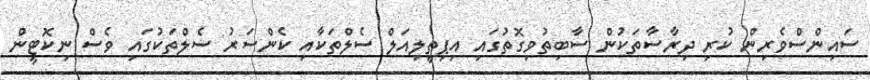
ސައިންސްވެރިން ކުރި ދިރާސާތަކުން ސާބިތުވިގޮތުގައި އިޕިތީލިއަލް ސެލްތަކާއި ކެންސަރު ސެލްތަކުގައި ވެސް ނިކޮޓީން